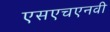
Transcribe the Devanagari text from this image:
एसएचएनवी